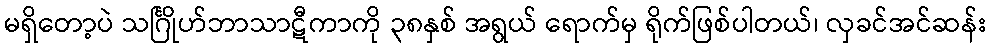
မရှိတော့ပဲ သင်္ဂြိုဟ်ဘာသာဋီကာကို ၃၈နှစ် အရွယ် ရောက်မှ ရိုက်ဖြစ်ပါတယ်၊ လှခင်အင်ဆန်း